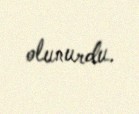
olunurdu.